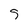
Character: 5